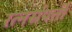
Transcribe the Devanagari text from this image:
रत्नसंपत्ती